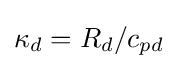
\kappa _{d}=R_{d}/c_{pd}